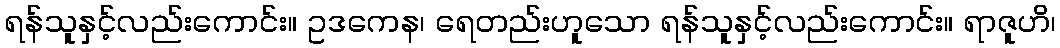
ရန်သူနှင့်လည်းကောင်း။ ဥဒကေန၊ ရေတည်းဟူသော ရန်သူနှင့်လည်းကောင်း။ ရာဇူဟိ၊